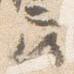
座